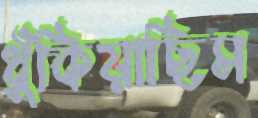
ধুঁকিয়াছিস